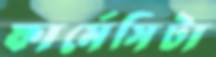
ফার্মেসিটা